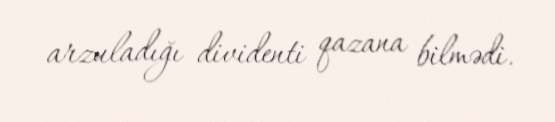
arzuladığı dividenti qazana bilmədi.